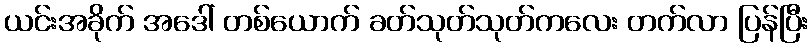
ယင်းအခိုက် အဒေါ် တစ်ယောက် ခတ်သုတ်သုတ်ကလေး တက်လာ ပြန်ပြီး